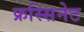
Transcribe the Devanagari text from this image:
फ्रस्सिनेट